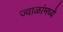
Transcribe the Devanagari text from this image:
ज्वाळांमध्ये